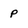
Character: p